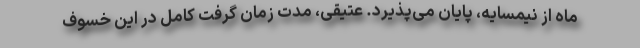
ماه از نیمسایه، پایان می‌پذیرد. عتیقی، مدت زمان گرفت کامل در این خسوف